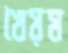
খৈয়ম